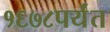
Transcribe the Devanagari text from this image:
१६७८पर्यंत